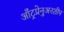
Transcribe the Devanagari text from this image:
आँट्रप्रेनुअरशीप